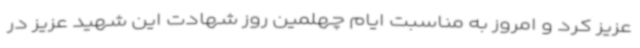
عزیز کرد و امروز به مناسبت ایام چهلمین روز شهادت این شهید عزیز در